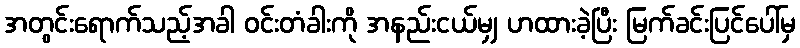
အတွင်းရောက်သည့်အခါ ဝင်းတံခါးကို အနည်းငယ်မျှ ဟထားခဲ့ပြီး မြက်ခင်းပြင်ပေါ်မှ